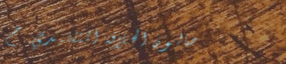
صالون الحلاقة التقليدي: ح